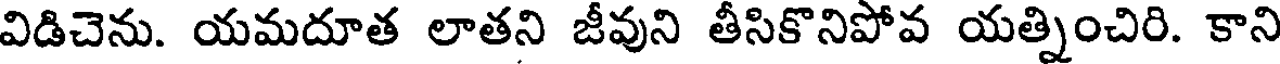
విడిచెను. యమదూత లాతని జీవుని తీసికొనిపోవ యత్నించిరి. కాని